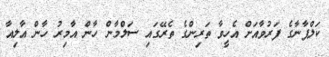
ކަލްޕާނާގެ ފަރުވާއަށް އެހީވާ ތަރިންގެ ތެރޭގައި ސަލްމާން ހާން އާމިރު ހާން އާލިއާ